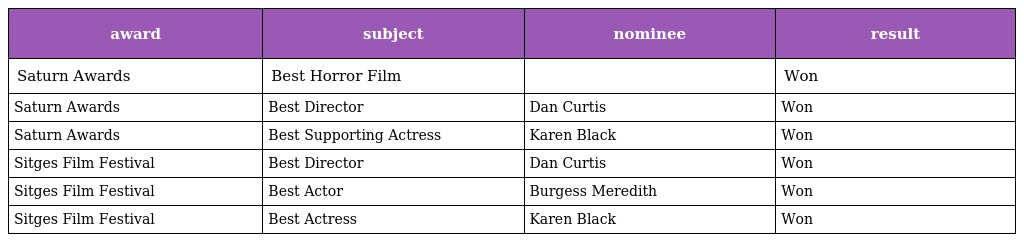
| award | subject | nominee | result |
 | --- | --- | --- | --- |
 | Saturn Awards | Best Horror Film |  | Won |
 | Saturn Awards | Best Director | Dan Curtis | Won |
 | Saturn Awards | Best Supporting Actress | Karen Black | Won |
 | Sitges Film Festival | Best Director | Dan Curtis | Won |
 | Sitges Film Festival | Best Actor | Burgess Meredith | Won |
 | Sitges Film Festival | Best Actress | Karen Black | Won |